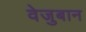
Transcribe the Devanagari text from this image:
वेजुबान